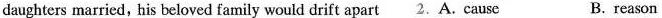
daughters married, his beloved family would drift apart .A. cause B. reason